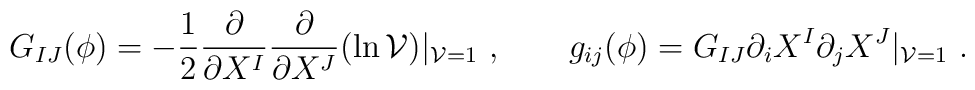
G_{IJ}(\phi) = -{1\over 2}{\partial\over \partial X^I} {\partial\over\partial X^J}(\ln {\cal V})|_{{\cal V} =1}  \ , \qquad g_{ij}(\phi)=  G_{IJ} \partial_{i}X^I\partial_{j}X^J|_{{\cal V} =1} \ .